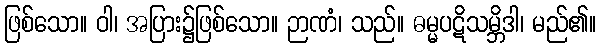
ဖြစ်သော။ ဝါ၊ အပြား၌ဖြစ်သော။ ဉာဏံ၊ သည်။ ဓမ္မပဋိသမ္ဘိဒါ၊ မည်၏။